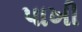
પાખી